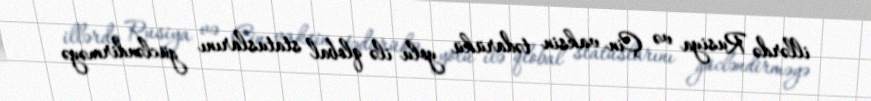
illərdə Rusiya və Çin vaksin tədarükü yolu ilə qlobal statuslarını gücləndirməyə